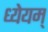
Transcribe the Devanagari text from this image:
ध्येयम्‌